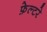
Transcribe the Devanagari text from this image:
फ़ेल्टरे